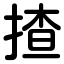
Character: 揸